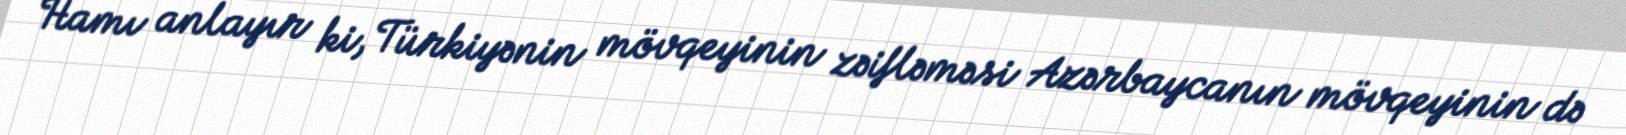
Hamı anlayır ki, Türkiyənin mövqeyinin zəifləməsi Azərbaycanın mövqeyinin də